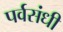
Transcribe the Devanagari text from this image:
पर्वसंधी